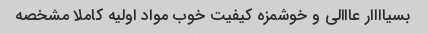
بسیاااار عااالی و خوشمزه کیفیت خوب مواد اولیه کاملا مشخصه